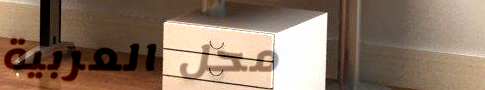
محل العربية